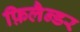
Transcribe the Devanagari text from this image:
फ़िलैन्डर